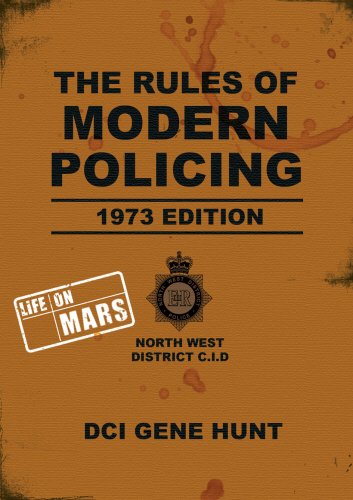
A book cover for The Rules of Modern Policing: "Life on Mars"; Gene Hunt; Humor & Entertainment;